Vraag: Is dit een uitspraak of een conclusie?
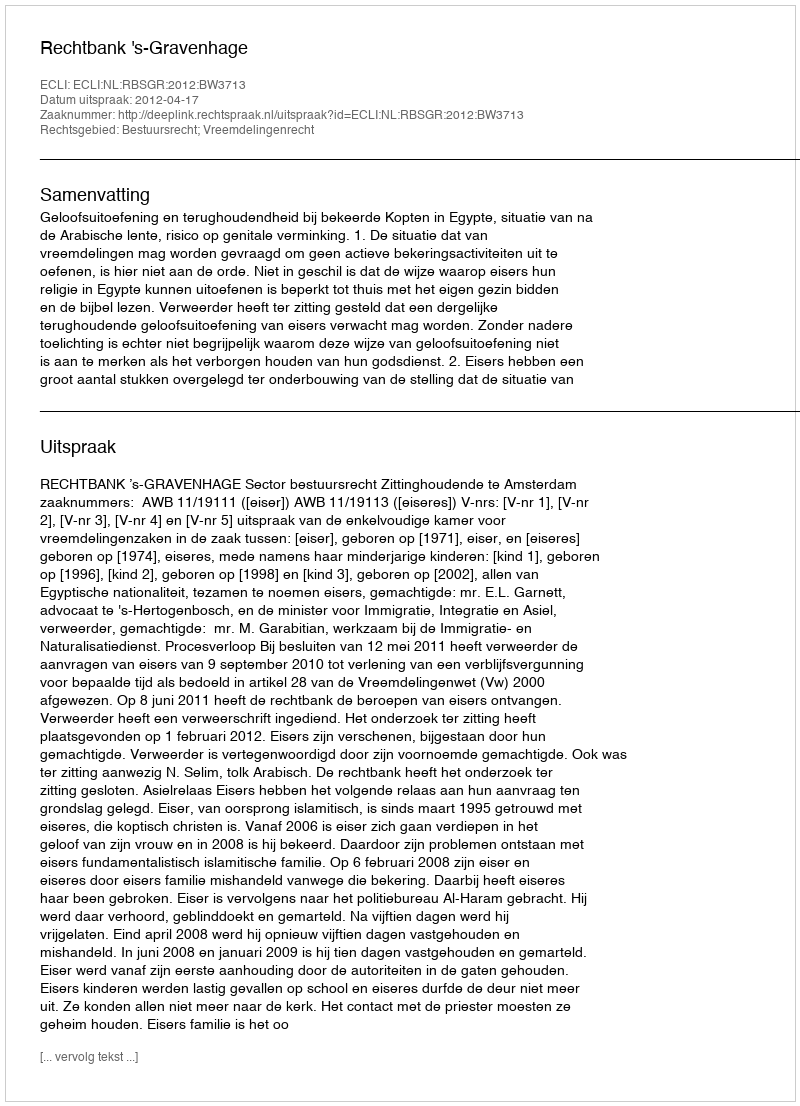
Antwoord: Uitspraak